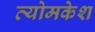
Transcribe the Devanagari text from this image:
व्‍योमकेश